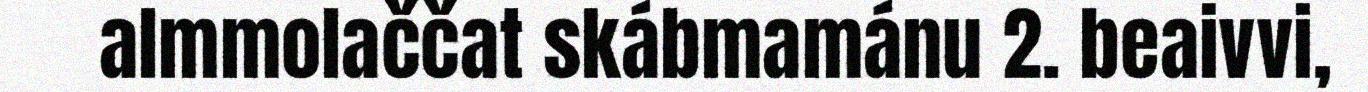
almmolaččat skábmamánu 2. beaivvi,